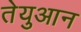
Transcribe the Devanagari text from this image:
तेयुआन